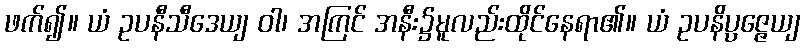
ဖက်၍။ ယံ ဥပနီသီဒေယျ ဝါ၊ အကြင် အနီး၌မူလည်းထိုင်နေရာ၏။ ယံ ဥပနိပ္ပဇ္ဇေယျ